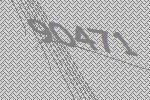
90471